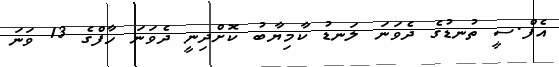
އެފް.ސީ ތުނޑުގެ ދެވަނަ ލަނޑު ކާމިޔާބު ކޮށްދިނީ ދެވަނަ ހާފްގެ 13 ވަނަ